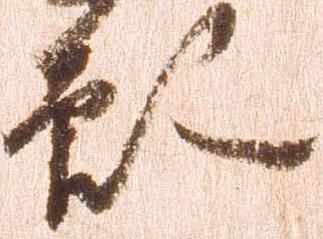
願